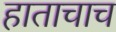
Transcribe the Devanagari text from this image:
हाताचाच